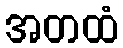
အတထံ